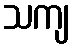
သကျ